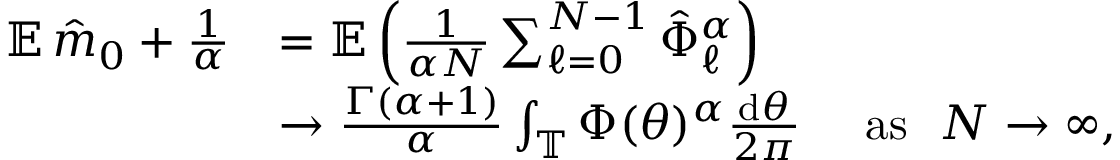
\begin{array} { r l } { { \mathbb E } \, \hat { m } _ { 0 } + \frac { 1 } { \alpha } } & { = { \mathbb E } \left( \frac { 1 } { \alpha N } \sum _ { \ell = 0 } ^ { N - 1 } \hat { \Phi } _ { \ell } ^ { \alpha } \right) } \\ & { \to \frac { \Gamma ( \alpha + 1 ) } { \alpha } \int _ { \mathbb T } \Phi ( \theta ) ^ { \alpha } \frac { \mathrm { d } \theta } { 2 \pi } \quad \mathrm { ~ a s ~ } \ N \to \infty , } \end{array}